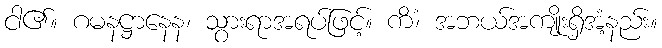
ငါ၏။ ဂမနဋ္ဌာနေန၊ သွားရာအရပ်ဖြင့်။ ကိံ၊ အဘယ်အကျိုးရှိအံ့နည်း။